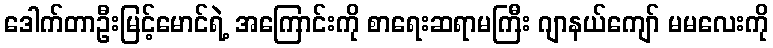
ဒေါက်တာဦးမြင့်မောင်ရဲ့ အကြောင်းကို စာရေးဆရာမကြီး ဂျာနယ်ကျော် မမလေးကို